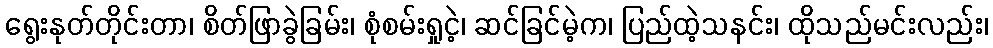
ရွေးနုတ်တိုင်းတာ၊ စိတ်ဖြာခွဲခြမ်း၊ စုံစမ်းရှုငဲ့၊ ဆင်ခြင်မဲ့က၊ ပြည်ထဲ့သနင်း၊ ထိုသည်မင်းလည်း၊